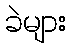
ခဲများ